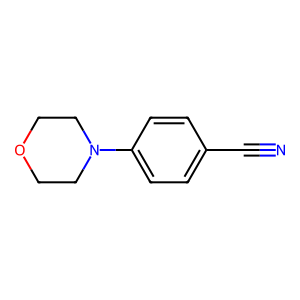
SMILES: N#Cc1ccc(N2CCOCC2)cc1
Inhibits HIV replication: No